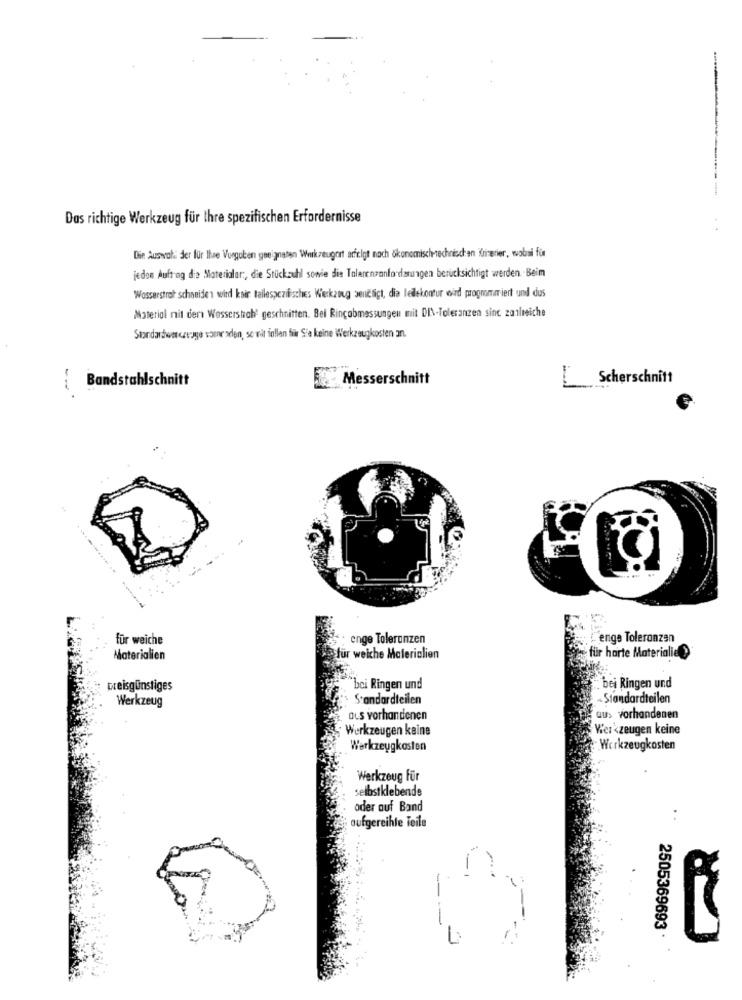
Das richtige Werkzeug für Ihre spezifischen Erfordernisse
Die Auswald der für Itse Vurguben geeigneten Werkzeugort arficlgt noch ökonomischetechnischen Kriterier, wobei für
jeden Auftrag die Materialar :, die Stückzuhl sowie die Talerenzanforderungen berücksichtigt werden .Beim
Wasserstrat schneiden wird kair teilespezifisches Werkzeug sentligt, dia ledlekontur wird programariert und dus
Material nit den Wasserstah' geschnitten. Bei Ringabmessungen mit DIN-Toleranzen sinc zanlıeiche
Standardwarczeage vorne selen, se will inllan fikr Sie keine Werkzeugkosten an.
Bandstahlschnitt
Messerschnitt
_Scherschnitt
--
..
für weiche
enge Toleranzen
enge Toleranzen
Materialien
für weiche Materialien
für harte Materialid >
preisgünstiges
bei Ringen und
. bei Ringen und
Werkzeug
Standardteilen
- Standardteilen
aus vorhandenen
aus vorhandenen
Werkzeugen keine
Werkzeugen keine
Werkzeugkasten
Werkzeugkosten
Werkzeug Für
selbstklebende
oder auf Band
. .
aufgereihte Teile
2505369693